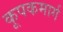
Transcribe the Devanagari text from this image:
कूपकमार्ग